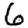
Digit: 6